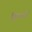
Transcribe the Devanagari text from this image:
हिज्जों